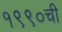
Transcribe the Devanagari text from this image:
१९९०ची